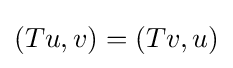
\displaystyle {(Tu,v)=(Tv,u)}